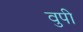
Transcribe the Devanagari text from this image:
वुपी